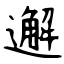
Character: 邂